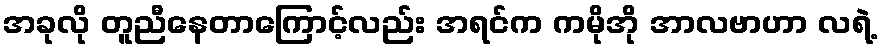
အခုလို တူညီနေတာကြောင့်လည်း အရင်က ကမိုအို အာလဗာဟာ လရဲ့